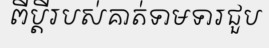
ពីប្តីរបស់គាត់ទាមទារជួប